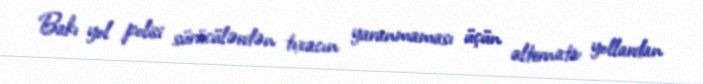
Bakı yol polisi sürücülərdən tıxacın yaranmaması üçün alternativ yollardan